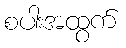
စပါးအထွက်